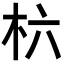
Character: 𣏥